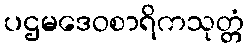
ပဌမဒေဝစာရိကသုတ္တံ